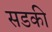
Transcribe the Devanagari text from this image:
सडकी